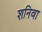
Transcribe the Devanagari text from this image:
शनिवा